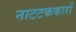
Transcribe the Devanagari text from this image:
नाटटककारों